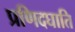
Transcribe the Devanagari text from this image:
प्रणिदघाति